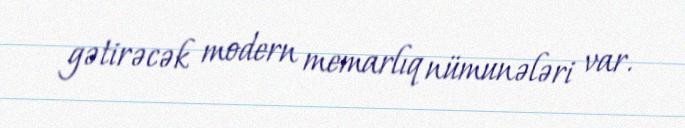
gətirəcək modern memarlıq nümunələri var.